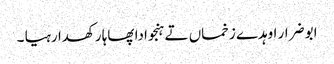
ابو ضرار اوہدے زخماں تے ہنجوادا پھاہا رکھدا رہیا ۔